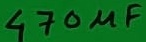
Text: 470µF